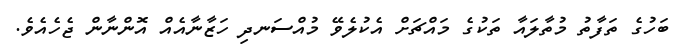
ބަހުގެ ތަފާތު މުތާލައާ ތަކުގެ މައްޗަށް އެކުލެވޭ މުއްސަނދި ހަޒާނާއެއް އޮންނާން ޖެހެއެވެ.